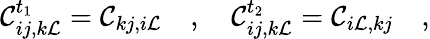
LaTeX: \mathcal{C}_{ij,k\mathcal{L}}^{t_{1}}=\mathcal{C}_{kj,i\mathcal{L}}\quad,\quad\mathcal{C}_{ij,k\mathcal{L}}^{t_{2}}=\mathcal{C}_{i\mathcal{L},kj}\quad,